Scottish Leaving Certificate Examination, 1960
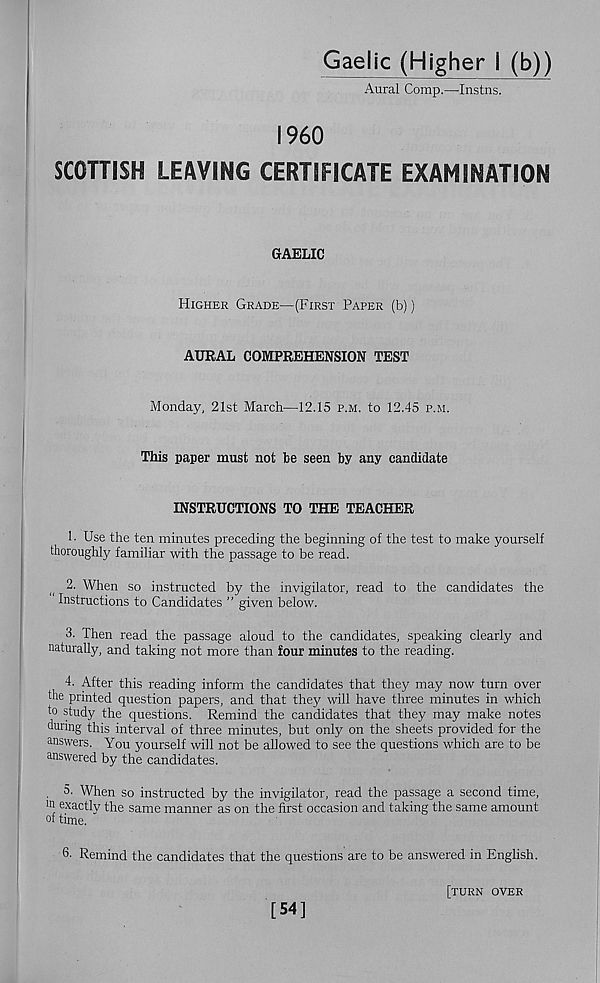
Gaelic (Higher I (b))
Aural Comp.—Instns.
I960
SCOTTISH LEAVING CERTIFICATE EXAMINATION
GAELIC
Higher Grade—(First Paper (b))
AURAL COMPREHENSION TEST
Monday, 21st March—12.15 p.m. to 12.45 p.m.
This paper must not be seen by any candidate
INSTRUCTIONS TO THE TEACHER
1 • Use the ten minutes preceding the beginning of the test to make yourself
thoroughly familiar with the passage to be read.
2. When so instructed by the invigilator, read to the candidates the
Instructions to Candidates ” given below.
3. Then read the passage aloud to the candidates, speaking clearly and
naturally, and taking not more than four minutes to the reading.
4. After this reading inform the candidates that they may now turn over
the printed question papers, and that they will have three minutes in which
to study the questions. Remind the candidates that they may make notes
during this interval of three minutes, but only on the sheets provided for the
answers. You yourself will not be allowed to see the questions which are to be
answered by the candidates.
5. When so instructed by the invigilator, read the passage a second time,
111 exactly the same manner as on the first occasion and taking the same amount
of time.
6- Remind the candidates that the questions are to be answered in English.
[54]
[turn over